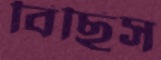
বিছিস